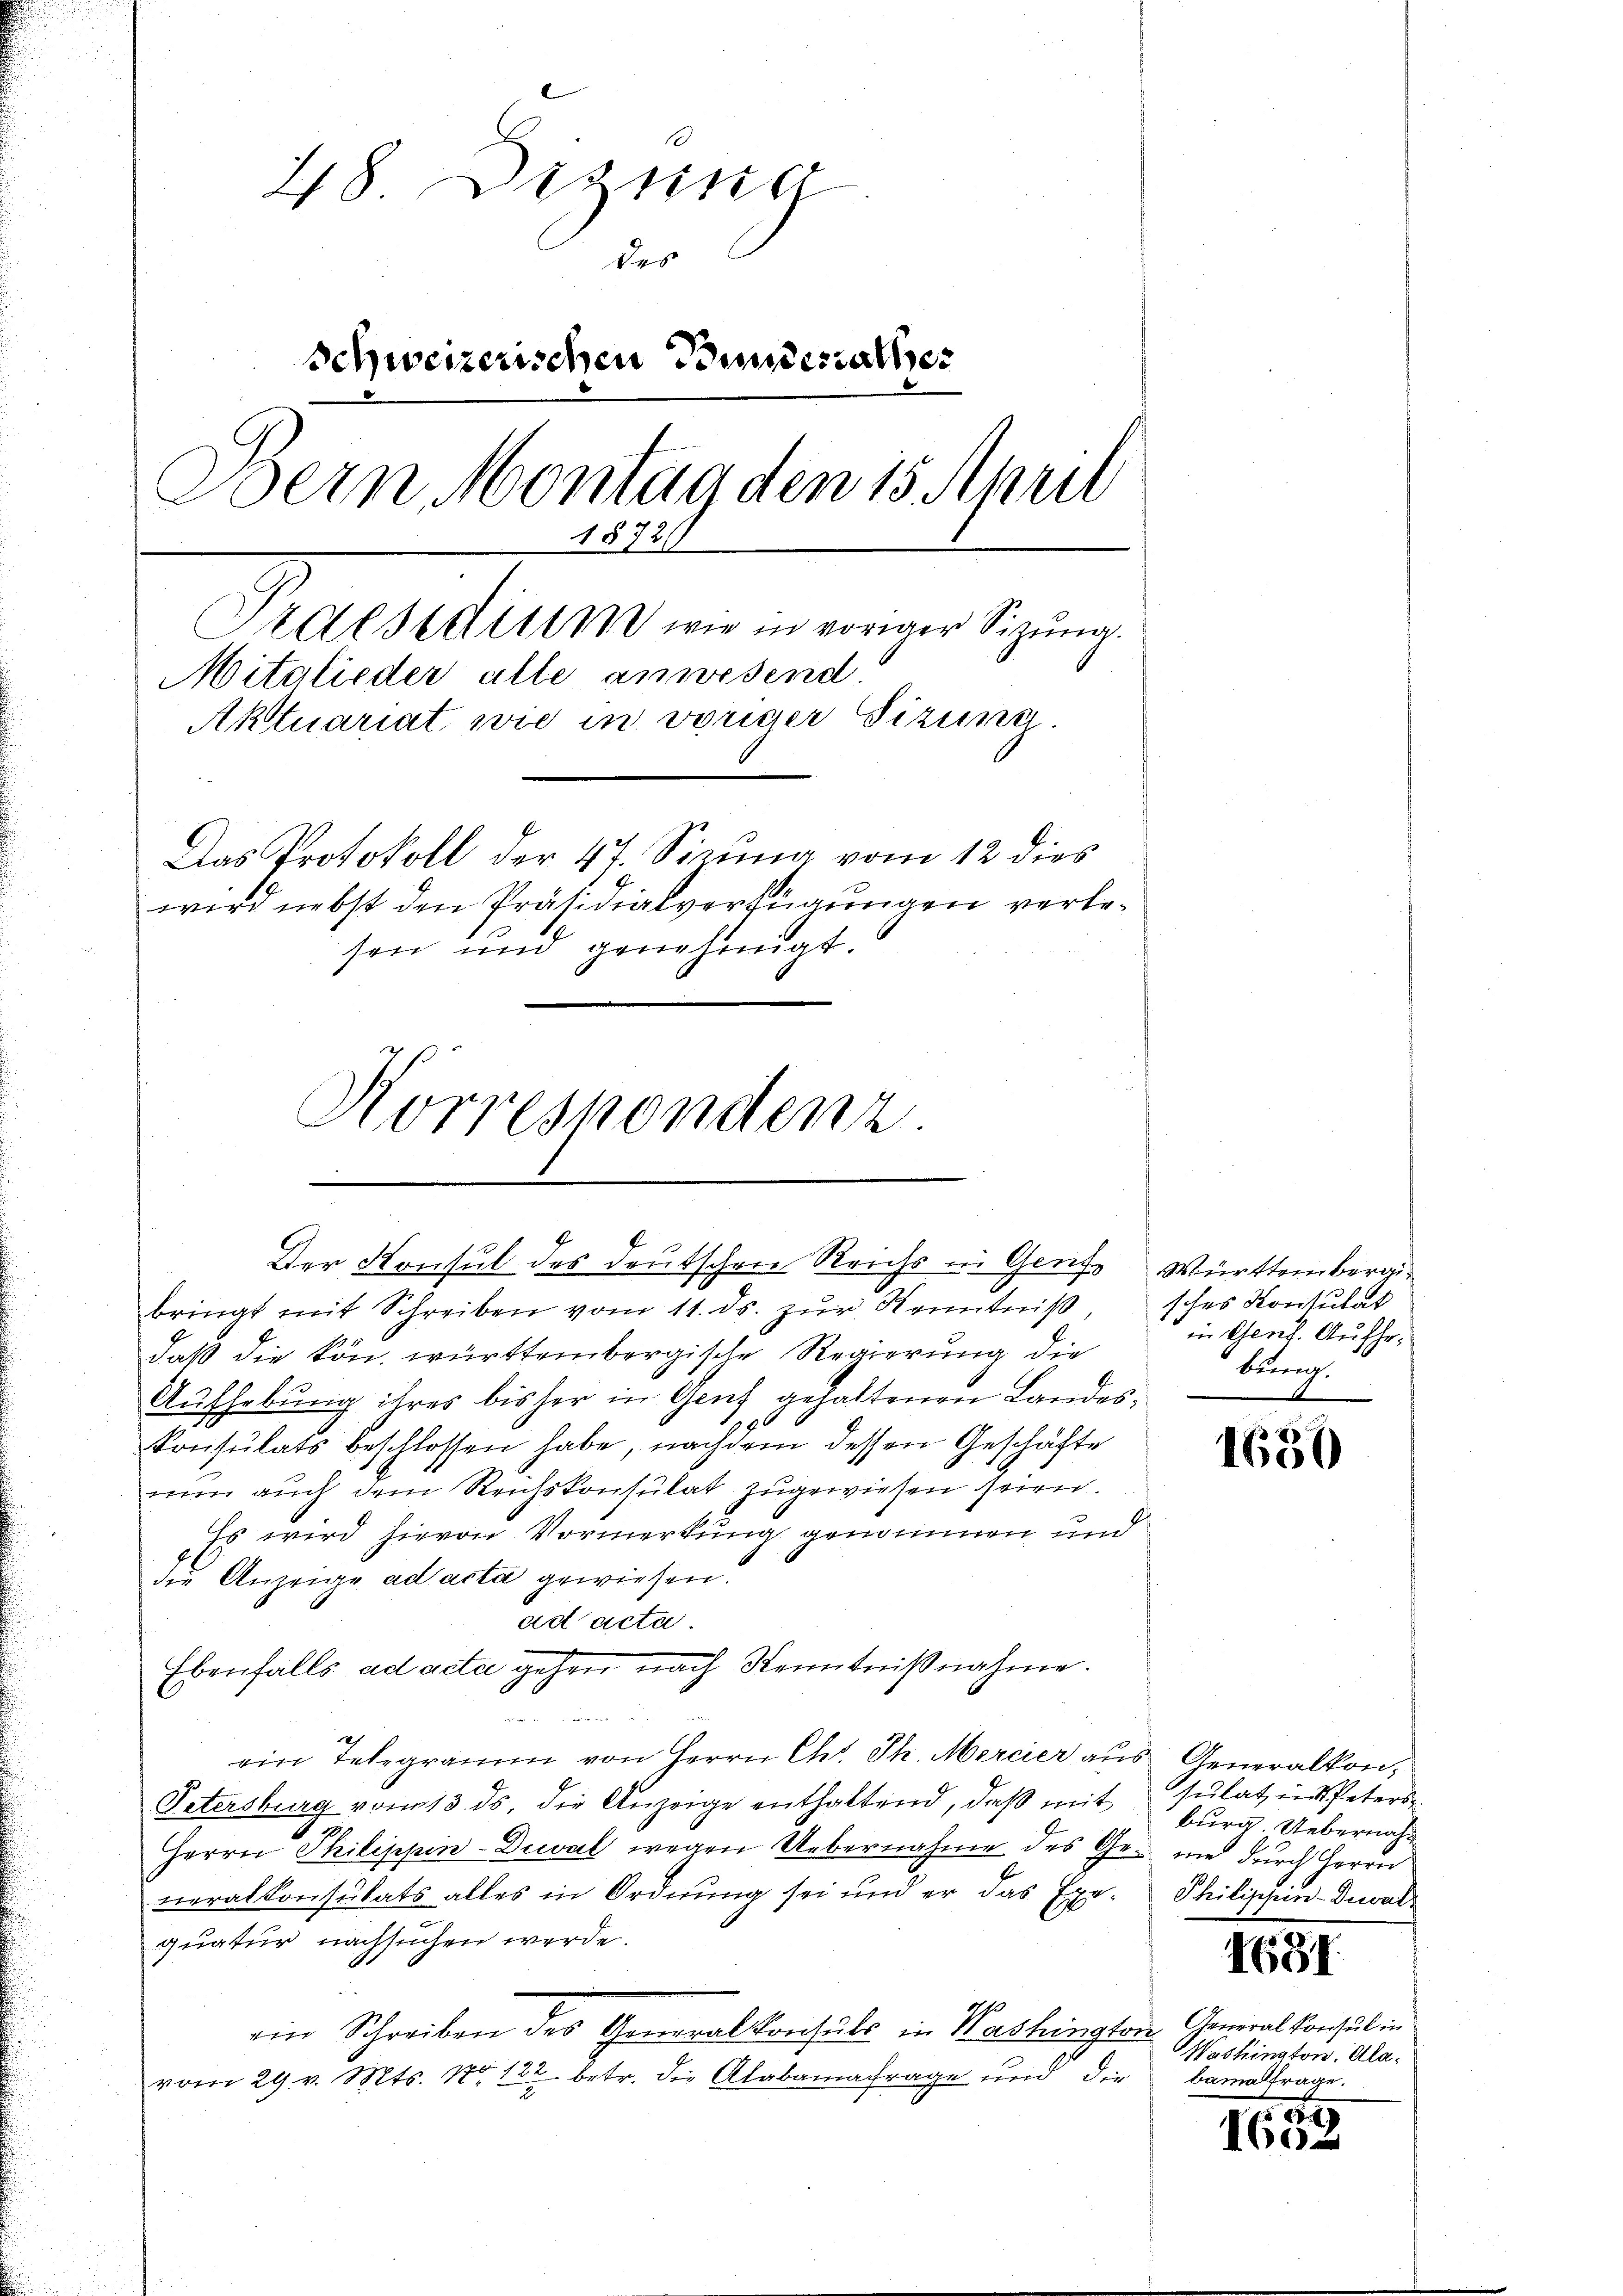
48 Dezung
des
Schweizerischen Bundesrathes
Bern Montag den 15. April
1872
Praesidium wie in voriger Sizung.
Mitglieder alle anwesend
Aktuariat wie in voriger Fizume
.
Das Protokoll der 4t. Sizung vom 12 dies
wird nebst den Präsidialverfügungen verlesen und genehmigt.

Der Konsul des deutschen Reichs in Genf, Württembergi¬

Norrespondenz.

bringt mit Schreiben vom 11. ds. zur Kenntniß
daß die kön. württembergische Regierung die
Aufhebung ihres bisher in Genf gehaltenen Landes¬
Konsulats beschlossen habe, nachdem dessen Geschäfte
nun auch dem Reichskonsulat zugewiesen seien.
Es wird hievon Vormerkung genommen und
die Anzeige ad acta gewiesen:
ad acta
Ebenfalls ad acta gehen nach Kenntnißnahme.
e
ein Telegramm von Herrn Ch. Th. Mercier aus Generalkon¬
Petersburg vom 13. ds. die Anzeige enthaltend, daβ mit
Herrn Philippin-Dical wegen Uebernahme des Ges nie durch Herrn
neralkonsulats alles in Ordnung sei und er das Exe-
quatur nachsuchen werde.
ein Schreiben des Generalkonsuls in Washington Generalkonsul in
vom 29. v. Mts. 17122 betr. die Alabamafrage und die

sches Konsulat
in Genf. Aufhebung.

1630

sulat in Peters
burg. Uebernah¬
Philippen-Dewalt
31
Washington. Alabamalfrage.

29
160